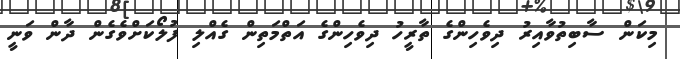
މިކަން ސާބިތުވާއިރު ދިވެހިންގެ ތާރީހު ދިވެހިންގެ އަތްމަތިން ގެއްލި ފުލޯކަށްވެގެން ދާން ވަނީ